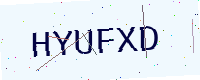
Text: HYUFXD